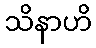
သိနာဟိ